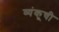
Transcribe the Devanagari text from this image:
व्यंकूची